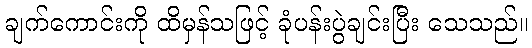
ချက်ကောင်းကို ထိမှန်သဖြင့် ခုံပန်းပွဲချင်းပြီး သေသည်။